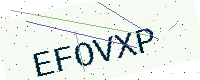
Text: EFOVXP